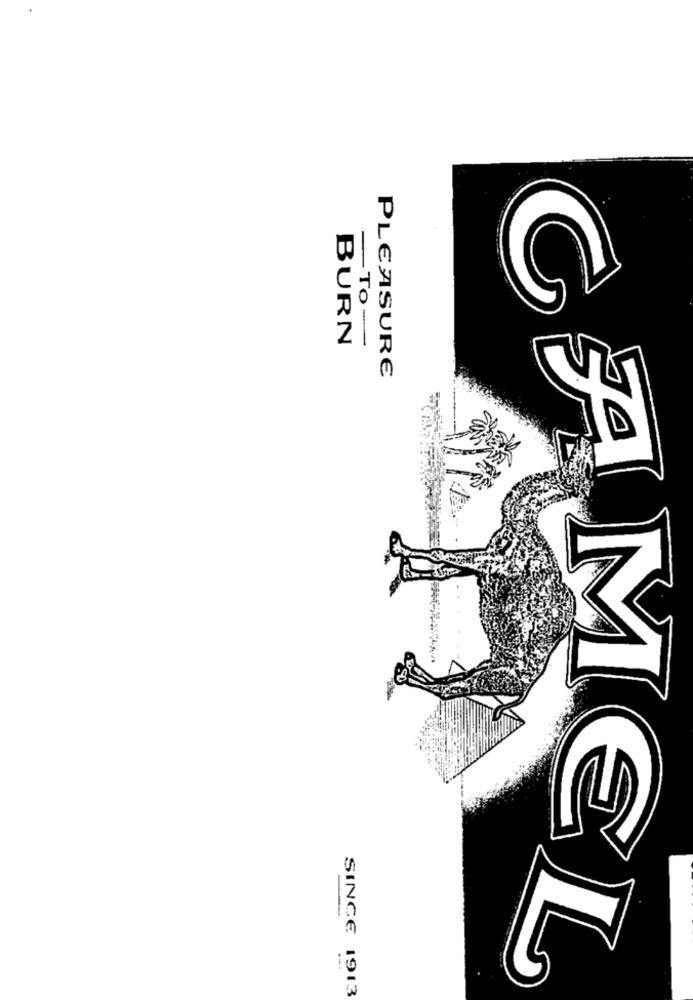
BURN
-To-
PLEASURE
AM
EL
SINCE 1913